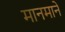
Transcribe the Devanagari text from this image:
मानमाने